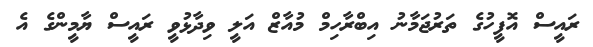
ރައީސް އޮފީހުގެ ތަރުޖަމާނު އިބްރާހިމް މުއާޒް އަލީ ވިދާޅުވީ ރައީސް ޔާމީންގެ އެ